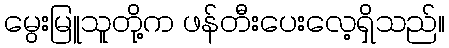
မွေးမြူသူတို့က ဖန်တီးပေးလေ့ရှိသည်။